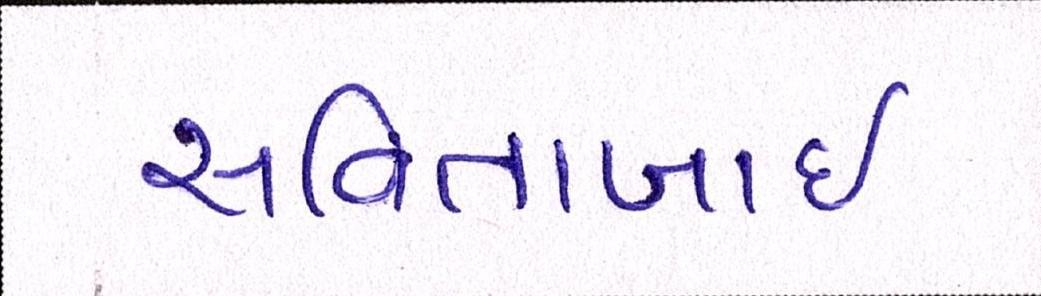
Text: સવિતાબાઇ